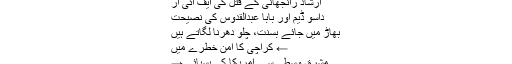
ارشاد رانجھانی کے قتل کی ایف آئی آر
داسو ڈیم اور بابا عبدالقدوس کی نصیحت
بھاڑ میں جائے بسنت، چلو دھرنا لگاتے ہیں
← کراچی کا امن خطرے میں
مشرق وسطی سے امریکا کی پسپائی →